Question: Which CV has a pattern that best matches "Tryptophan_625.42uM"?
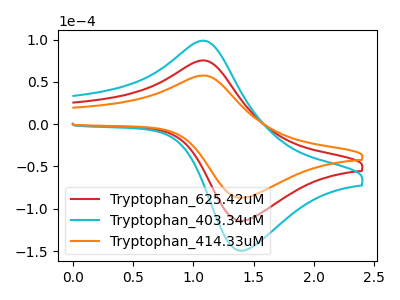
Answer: <think>The red curve "Tryptophan_625.42uM" has an anodic peak at (1.05V, 75.20uA) and a cathodic peak at (1.40V, -114.10uA). The cyan curve "Tryptophan_403.34uM" has an anodic peak at (1.05V, 150.40uA) and a cathodic peak at (1.40V, -228.20uA). The orange curve "Tryptophan_414.33uM" has an anodic peak at (1.05V, 57.40uA) and a cathodic peak at (1.40V, -87.10uA).
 All the peaks in "Tryptophan_625.42uM" have a peak in "Tryptophan_403.34uM" at the same potential. Every peak in "Tryptophan_625.42uM" is lower than every peak in "Tryptophan_403.34uM". All the peaks in "Tryptophan_625.42uM" have a peak in "Tryptophan_414.33uM" at the same potential. Every peak in "Tryptophan_625.42uM" is higher than every peak in "Tryptophan_414.33uM". All the peaks in "Tryptophan_403.34uM" have a peak in "Tryptophan_414.33uM" at the same potential. Every peak in "Tryptophan_403.34uM" is higher than every peak in "Tryptophan_414.33uM".</think>
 <answer>"Tryptophan_625.42uM" and "Tryptophan_403.34uM" have a similar shape to "Tryptophan_414.33uM".</answer>
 <eval>"Tryptophan_625.42uM" "Tryptophan_403.34uM"</eval>